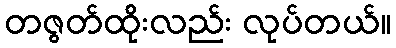
တဇွတ်ထိုးလည်း လုပ်တယ်။